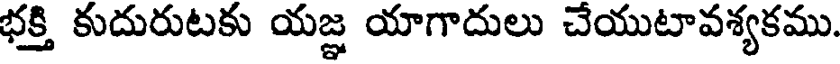
భక్తి కుదురుటకు యజ్ఞ యాగాదులు చేయుటావశ్యకము.